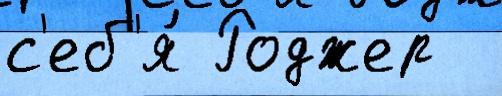
с'еб'я́ Роджер